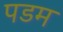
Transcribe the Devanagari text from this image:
पडम